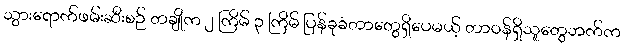
သွားရောက်ဖမ်းဆီးစဉ် တချိုက ၂ ကြိမ် ၃ ကြိမ် ပြန်ခုခံတာတွေရှိပေမယ့် တာဝန်ရှိသူတွေဘက်က